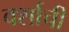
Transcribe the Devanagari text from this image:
वर्शाची